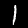
Digit: 1